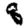
Digit: 8